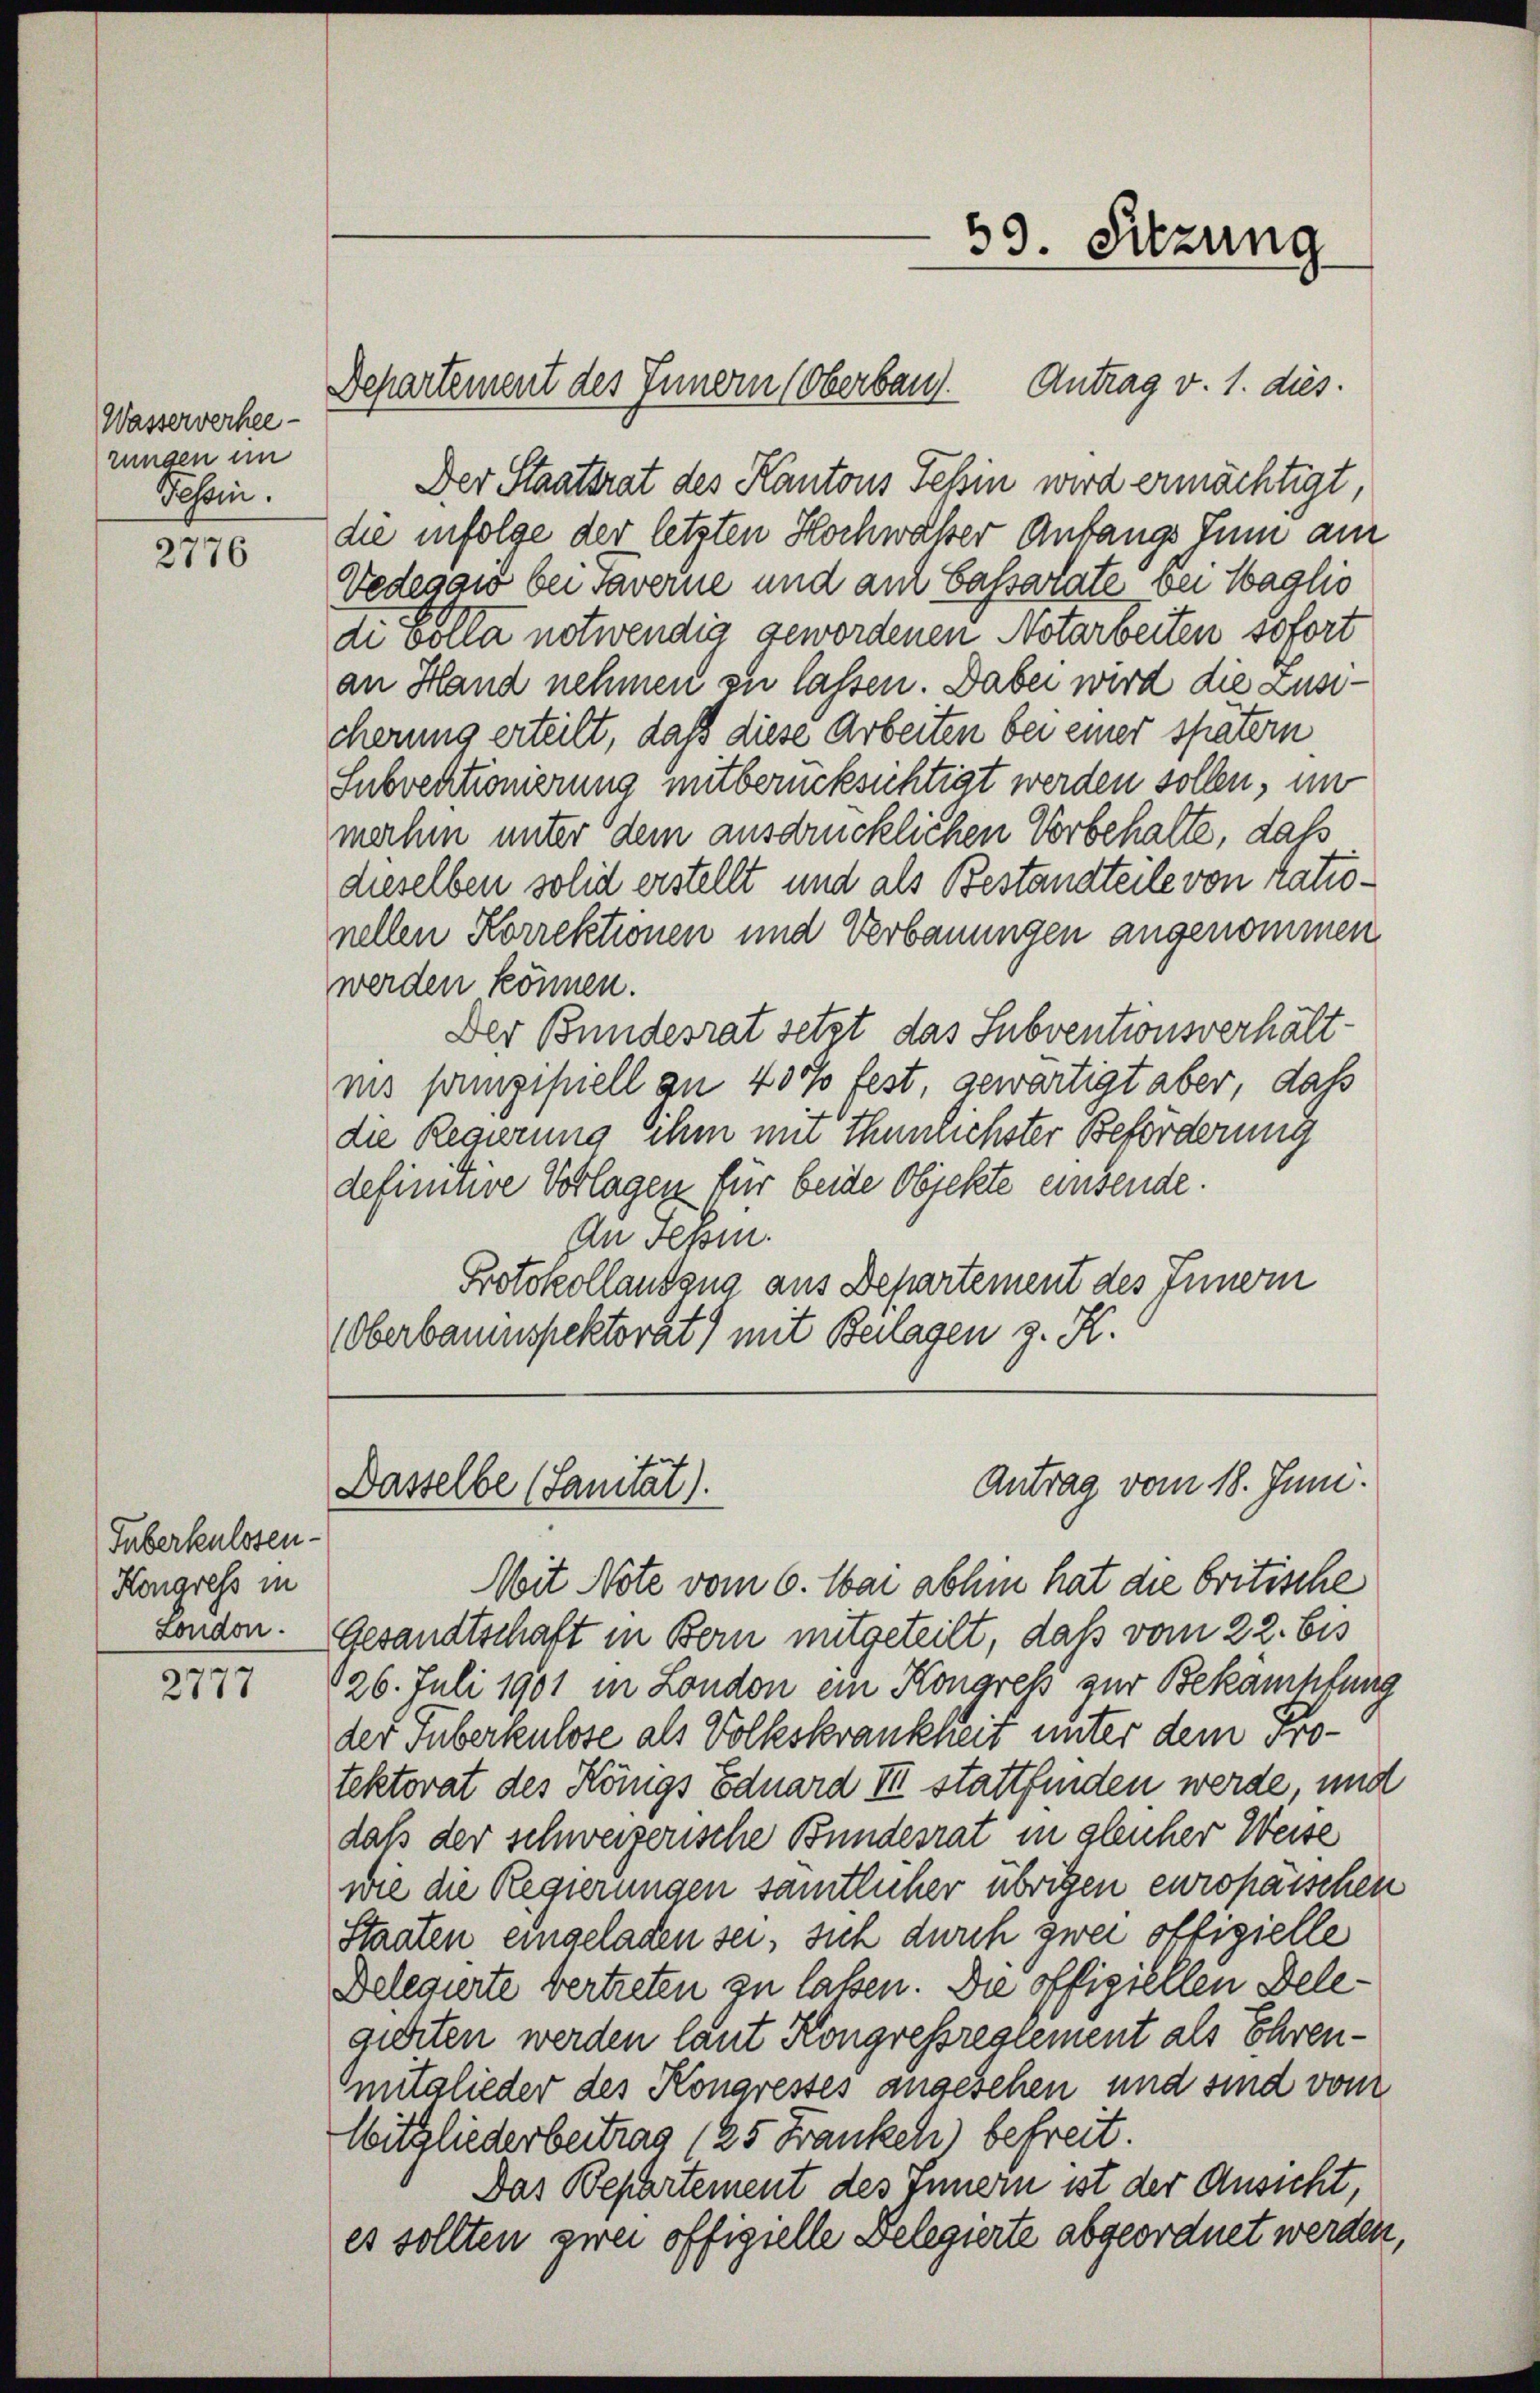
Wasserverhee
rungen im
Tessin.

2776

Guberkulosen-
Kongress in
London.

e
2617

Departement des Innern (Oberbau. Antrag v. 1. dies

39. Sitzung

Antrag vom 18. Juni.
Dasselbe (Sanität).

Der Staatsrat des Kantons Tessin wird ermächtigt,
die infolge der letzten Hochwaßer Anfangs zum am
Vedegaw bei Taverne und auf Cassarate bei Taglio
di Colla notwendig gewordenen Notarbeiten sofort
an Hand nehmen zu lassen. Dabei wird die Zusicherung erteilt, daß diese Arbeiten bei einer spätern
Subventionierung mitberücksichtigt werden sollen, im
mahm unter dem ausdrücklichen Vorbehalte, daß
dieselben solid erstellt und als Bestandteile von rationellen Korrektionen und Verbauungen angenommen
werden können.
Der Bundesrat setzt das Subventionsverhältmis pamzipiell zu 40% fest, gewärtigt aber, daß
die Regierung ihm mit thunlichster Beförderung
definitive Vorlagen für beide Objekte einsende.
An Pepin.
Protokollandgna aus Departement des Innern
Oberbauenspektorat) mit Beilagen z. K.

Mit Note vom 6. Mai abhin hat die britische
Gesandtschaft in Bern mitgeteilt, daß vom 22. bis
126. Juli 1901 in London ein Kongreß zur Bekämpfung
der Tuberkulose als Volkskrankheit unter dem Protektorat des Königs Eduard III stattfinden werde, und
daß der schweizerische Bundesrat in gleicher Weise
wie die Regierungen samtlicher übrigen europäischen
Staaten eingeladen sei, sich durch zwei offizielle
Belegierte vertreten zu lassen. Die offiziellen Delegierten werden laut Kongressrestement als Ehrenmitglieder des Kongresses angesehen und sind vom
Witgliederbertrag (25 Frankeh) befreit.
Das Bepartement des Innern ist der Ansicht,
es sollten zwei offigielle Belegierte abgeordnet werden,